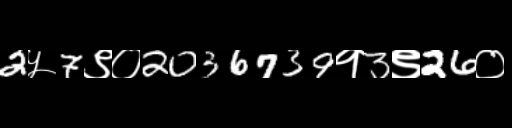
Text: 2५7९०2036739१3९26०